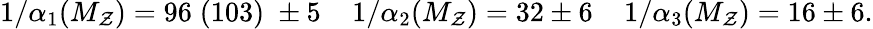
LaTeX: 1/\alpha_{1}(M_{\mathcal{Z}})=96\; (103)\; \pm5\; \; \; \; 1/\alpha_{2}(M_{\mathcal{Z}})=32\pm6\; \; \; \; 1/\alpha_{3}(M_{\mathcal{Z}})=16\pm6.